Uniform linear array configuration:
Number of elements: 16
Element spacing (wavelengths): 0.5
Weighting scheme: binomial
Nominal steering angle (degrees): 30
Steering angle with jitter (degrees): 30.079
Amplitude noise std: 0.05
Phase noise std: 0.05

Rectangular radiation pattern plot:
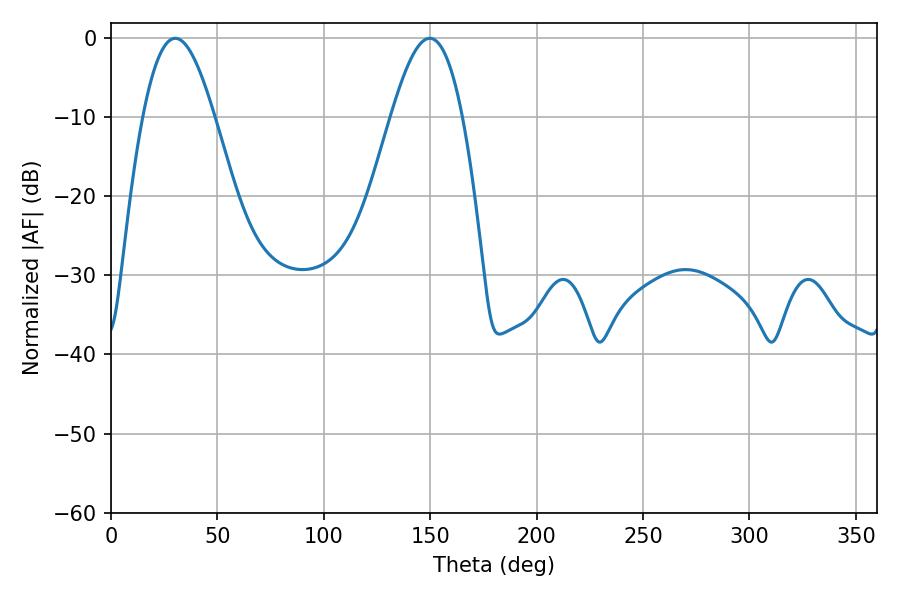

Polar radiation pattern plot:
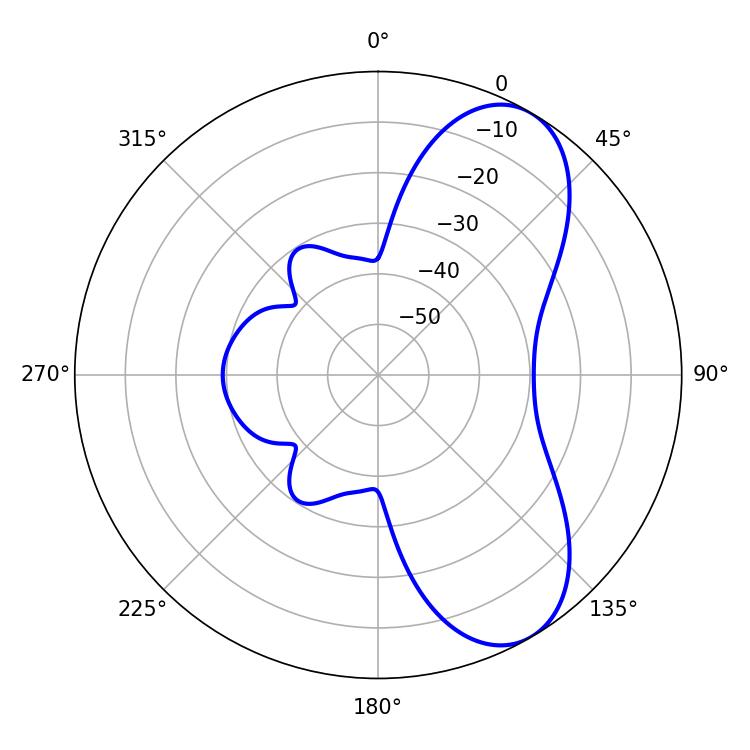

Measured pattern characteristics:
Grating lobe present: FALSE
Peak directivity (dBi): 7.504
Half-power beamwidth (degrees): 18.18
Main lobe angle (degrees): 30.24